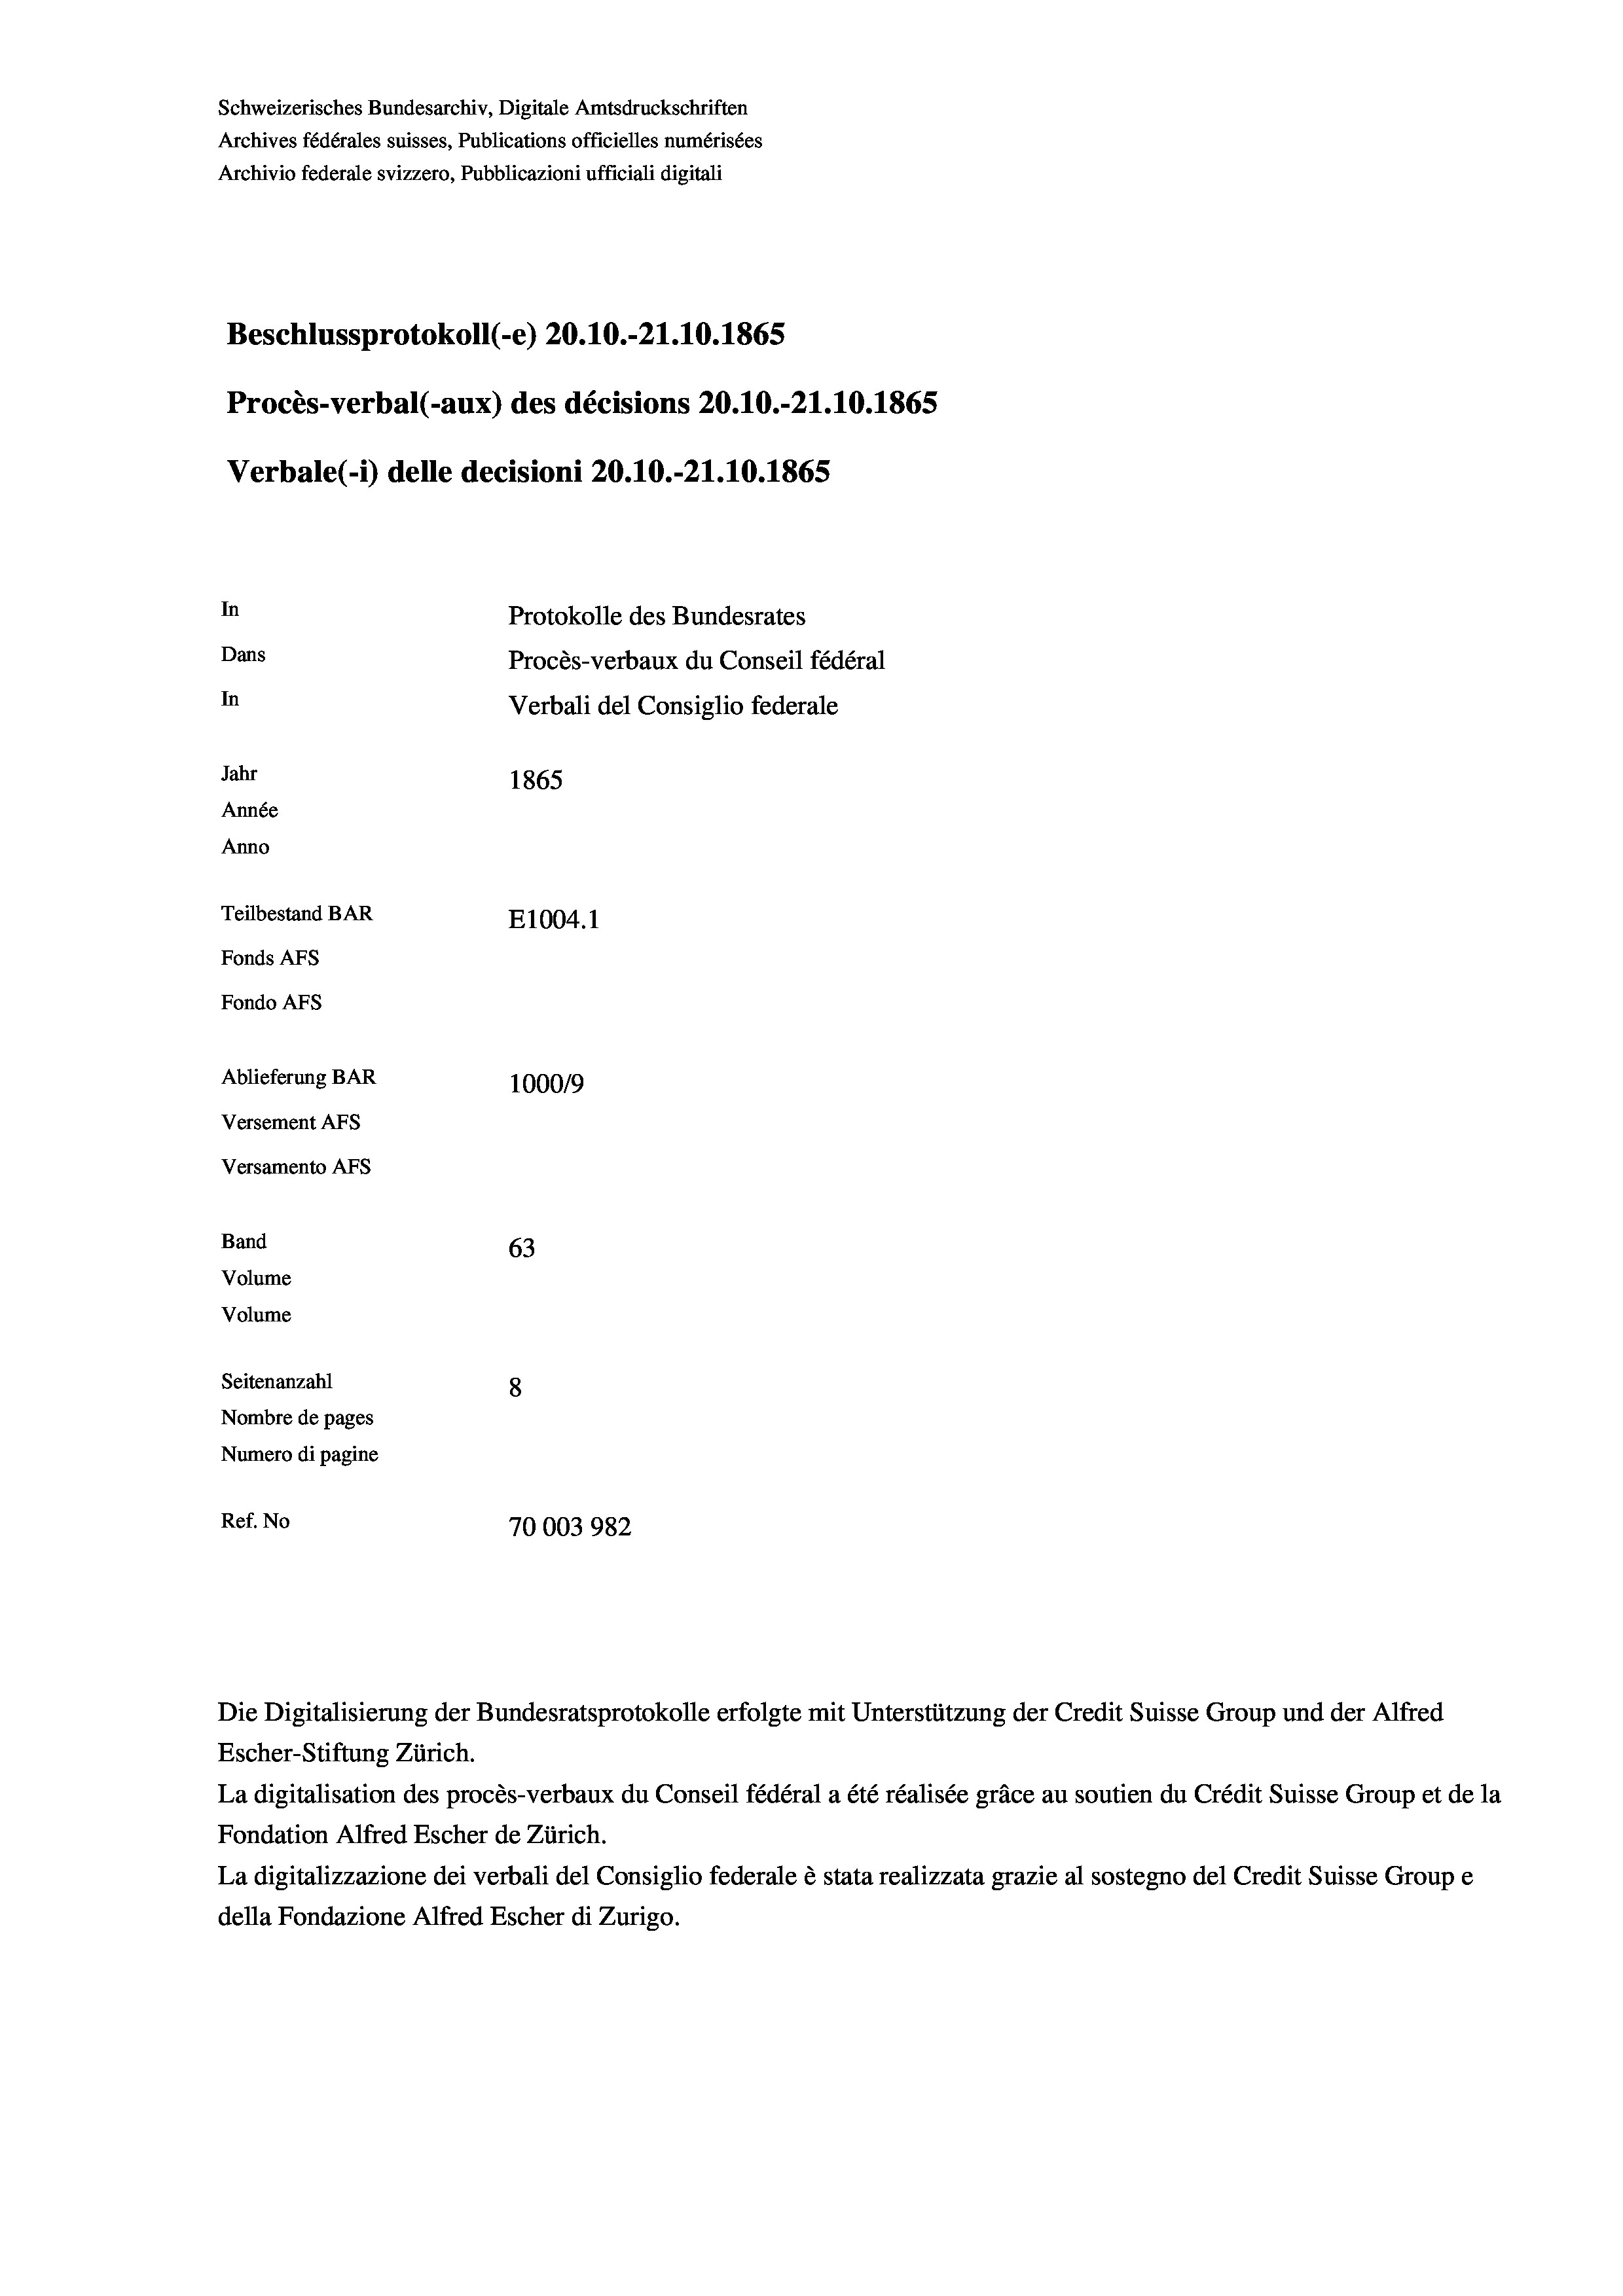
Schweizerisches Bundesarchiv, Digitale Amtsdruckschriften
Archives fédérales suisses, Publications officielles numérisées
Archivio federale svizzero, Pubblicazioni ufficiali digitali
Beschlussprotokoll (-e) 20.10.-21.10.1865
Procès-verbal (-aux) des décisions 20.10.-21.10.1865
Verbale(*) delle decisioni 20.10.-21.10.1865
In
Protokolle des Bundesrates
Dans
Procès-verbaux du Conseil fédéral
In
Verbali del Consiglio federale
Jahr
1865
Année
Anno
Teilbestand BAR
E1004. 1
Fonds Afs
Fondo AFS
Ablieferung BAR
100019
Versement Ans
Versamento Afs

63
Seitenanzahl
8
Nombre de pages
Numero di pagine
Ref. No
70003982

Band
Volume
Volume

La digitalisation des procès-verbaux du Conseil fédéral a été réalisée gräce au soutien du Crédit Suisse Group et de la
Fondation Alfred Escher de Zürich.
La digitalizzazione dei verbali del Consiglio federale è stata realizzata grazie al sostegno del Credit Suisse Groupe
della Fondazione Alfred Escher di Zurigo.

Die Digitalisierung der Bundesratsprotokolle erfolgte mit Unterstützung der Credit Suisse Group und der Alfred
Escher-Stiftung Zürich.